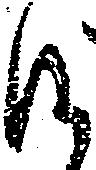
候